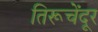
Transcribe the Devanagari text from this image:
तिरूचेंदूर